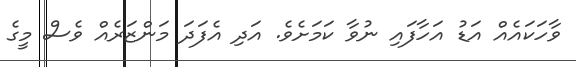
ވާހަކައެއް އަޑު އަހާފައި ނުވާ ކަމަށެވެ. އަދި އެފަދަ މަންޒަރެއް ވެސް މީގެ